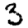
Digit: 3